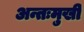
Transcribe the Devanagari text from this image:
अन्तःमुखी